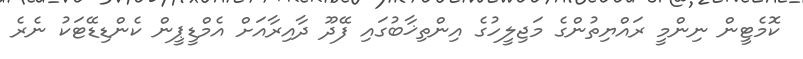
ކޮމެޓީން ނިންމީ ރައްޔިތުންގެ މަޖިލީހުގެ އިންތިޚާބުގައި ފޭދޫ ދާއިރާއަށް އެމްޑީޕީން ކެންޑިޑޭޓަކު ނެރެ